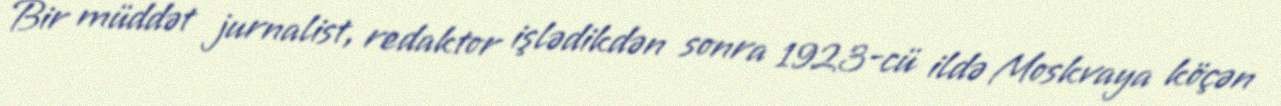
Bir müddət jurnalist, redaktor işlədikdən sonra 1923-cü ildə Moskvaya köçən